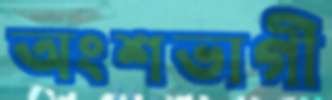
অংশভাগী